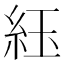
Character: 𬗈